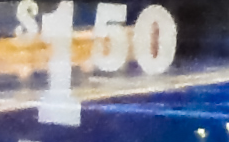
$150